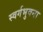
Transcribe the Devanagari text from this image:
स्वर्गभुवना